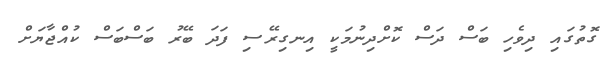
ގޮތުގައި ދިވެހި ބަސް ދަސް ކޮށްދިނުމަކީ އިނގިރޭސި ފަދަ ބޭރު ބަސްބަސް ކުއްޖާޔަށް